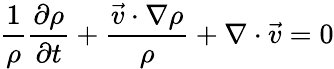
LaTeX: {\frac{1}{\rho}}{\frac{\partial\rho}{\partial t}}+{\frac{{\vec{v}}\cdot\nabla\rho}{\rho}}+\nabla\cdot{\vec{v}}=0